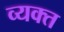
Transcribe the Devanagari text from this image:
व्‍यक्‍त